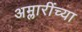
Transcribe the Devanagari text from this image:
अम्लारींच्या